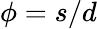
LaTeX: \phi=s/d